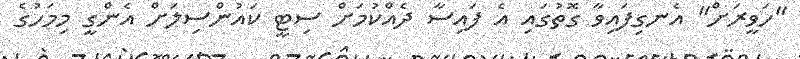
"ހަވީރަށް" އެނގިފައިވާ ގޮތުގައި އެ ފައިސާ ދެއްކުމަށް ސިޓީ ކައުންސިލަށް އެންގީ މިމަހުގެ